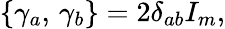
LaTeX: \left\{ \gamma_{a},\, \gamma_{b}\right\} =2\delta_{ab}I_{m},